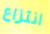
انتزاع